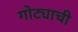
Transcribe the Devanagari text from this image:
गोट्याची